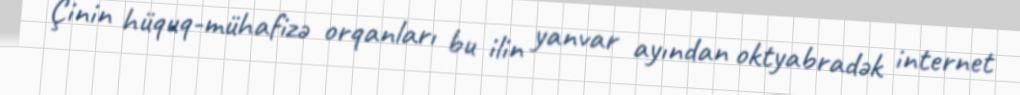
Çinin hüquq-mühafizə orqanları bu ilin yanvar ayından oktyabradək internet